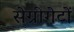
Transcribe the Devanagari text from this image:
सेग्रीगेटों